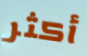
أكثر